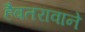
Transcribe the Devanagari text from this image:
हैबतरावाने